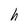
Character: h